65_HS1-834228961_62-HQ-83894_Section_3
Agency: FBI
Page 160
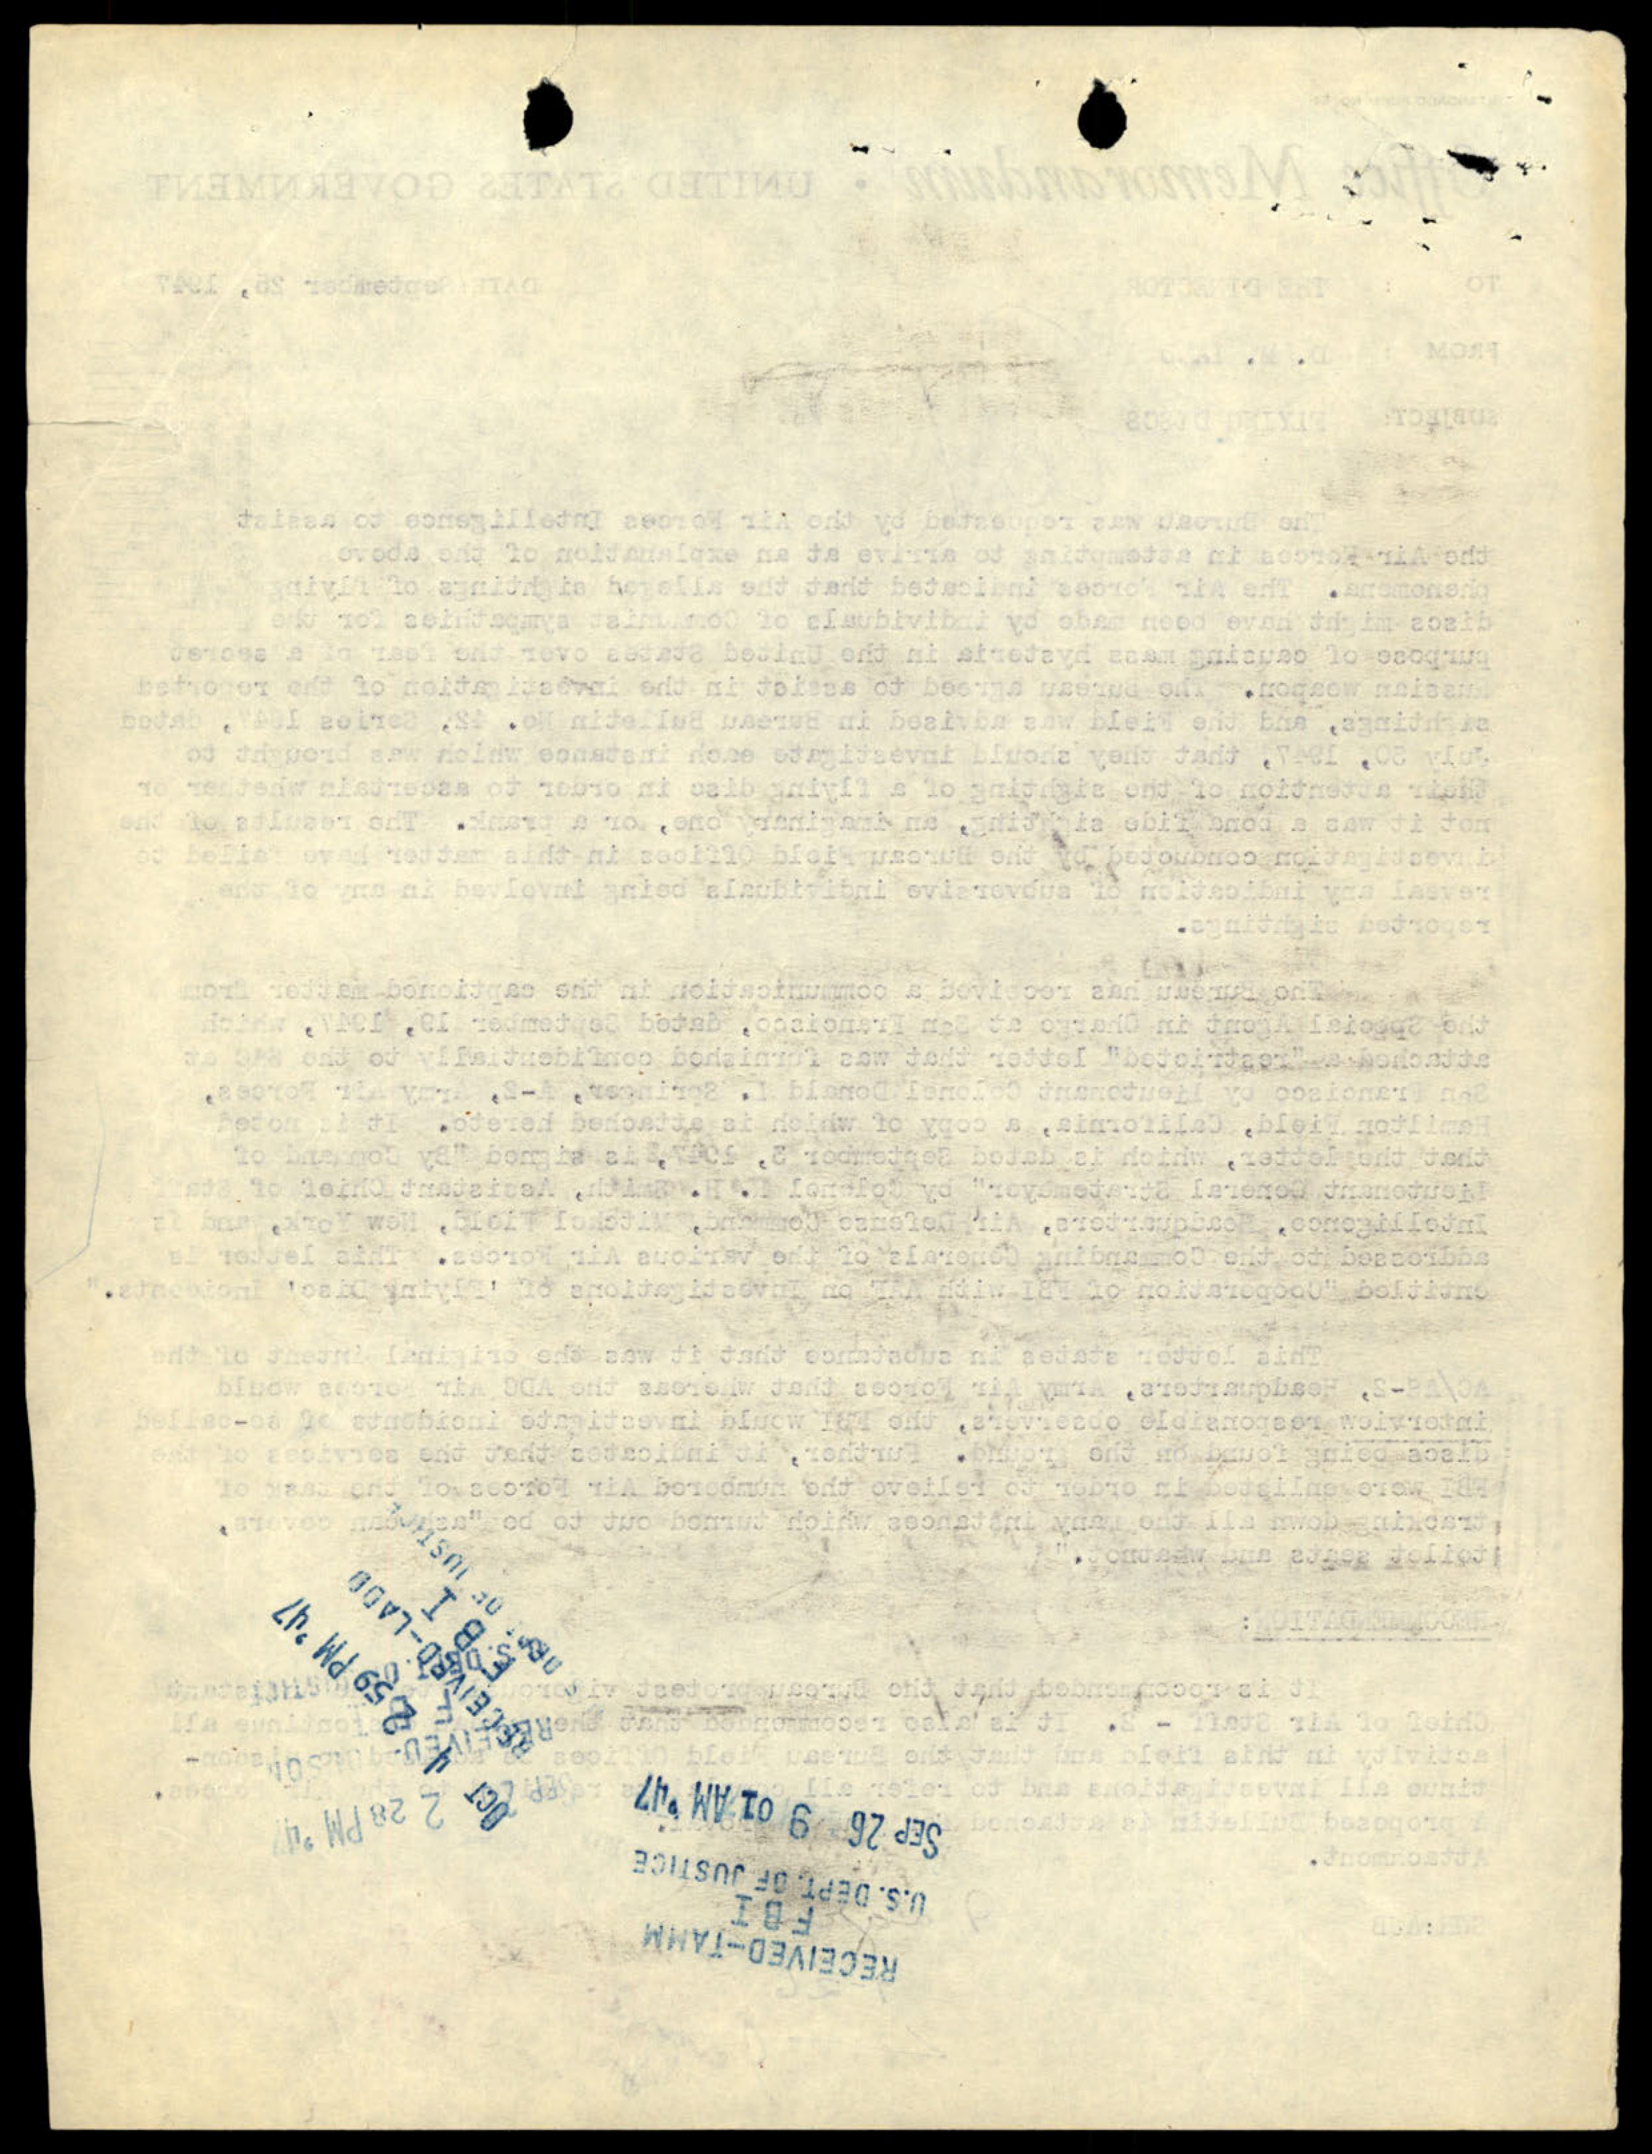